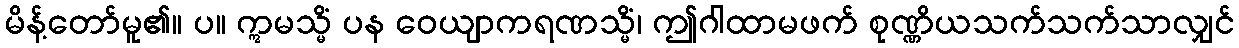
မိန့်တော်မူ၏။ ပ။ ဣမသ္မိံ ပန ဝေယျာကရဏသ္မိံ၊ ဤဂါထာမဖက် စုဏ္ဏိယသက်သက်သာလျှင်